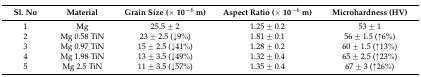
| Sl. No | Material | Grain Size (× 10−6 m) | Aspect Ratio (× 10−6 m) | Microhardness (HV) |
 | --- | --- | --- | --- | --- |
 | 1 | Mg | 25.5 ± 2 | 1.25 ± 0.2 | 53 ± 1 |
 | 2 | Mg 0.58 TiN | 23 ± 2.5 (↓9%) | 1.81 ± 0.1 | 56 ± 1.5 (↑6%) |
 | 3 | Mg 0.97 TiN | 15 ± 2.5 (↓41%) | 1.28 ± 0.2 | 60 ± 1.5 (↑13%) |
 | 4 | Mg 1.98 TiN | 13 ± 3.5 (↓49%) | 1.32 ± 0.4 | 65 ± 2.5 (↑23%) |
 | 5 | Mg 2.5 TiN | 11 ± 3.5 (↓57%) | 1.35 ± 0.4 | 67 ± 3 (↑26%) |